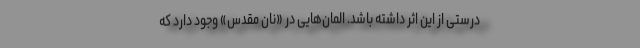
درستی از این اثر داشته باشد. المان‌هایی در «نان مقدس» وجود دارد که